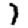
Digit: 1